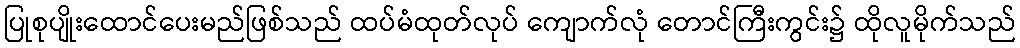
ပြုစုပျိုးထောင်ပေးမည်ဖြစ်သည် ထပ်မံထုတ်လုပ် ကျောက်လုံ တောင်ကြီးကွင်း၌ ထိုလူမိုက်သည်